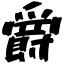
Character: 爵